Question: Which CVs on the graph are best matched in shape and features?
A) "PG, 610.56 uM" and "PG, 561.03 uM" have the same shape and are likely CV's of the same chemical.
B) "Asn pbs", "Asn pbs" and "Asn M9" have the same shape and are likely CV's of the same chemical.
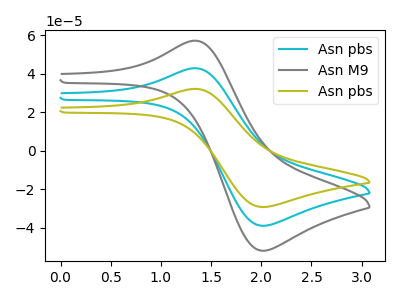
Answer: <think>The cyan curve "Asn pbs" has an anodic peak at (1.35V, 42.85uA) and a cathodic peak at (2.00V, -38.85uA). The gray curve "Asn M9" has an anodic peak at (1.35V, 85.75uA) and a cathodic peak at (2.00V, -77.75uA). The olive curve "Asn pbs" has an anodic peak at (1.35V, 32.15uA) and a cathodic peak at (2.00V, -29.15uA).
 All the peaks in "Asn pbs" have a peak in "Asn M9" at the same potential. Every peak in "Asn pbs" is lower than every peak in "Asn M9". All the peaks in "Asn pbs" have a peak in "Asn pbs" at the same potential. Every peak in "Asn pbs" is higher than every peak in "Asn pbs". All the peaks in "Asn M9" have a peak in "Asn pbs" at the same potential. Every peak in "Asn M9" is higher than every peak in "Asn pbs".</think>
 <answer>B) "Asn pbs", "Asn pbs" and "Asn M9" have the same shape and are likely CV's of the same chemical.</answer>
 <eval>B</eval>